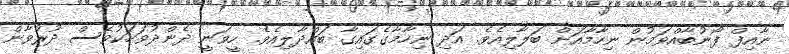
ނާއިފް ފޯނުބާއްވަމުން ނިހާމާއަށް ބަލާލިއެވެ. އަދި ނިހާމާގެގައިގާ ބައްދާލިއެވެ. ހީވަނީ ދެންދުވަހަކުވެސް ދުރުވާން